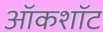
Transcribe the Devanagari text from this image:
ऑकशॉट